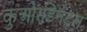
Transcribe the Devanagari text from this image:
कुओरडिनेट्स